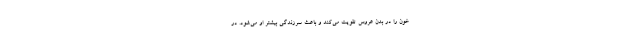
خون را در بدن عروس تقویت می‌کند و باعث سرزندگی بیشتر او می‌شود. در